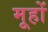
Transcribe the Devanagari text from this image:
मूहों